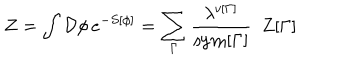
Z = \int { \cal D } \phi \, e ^ { - S [ \phi ] } = \sum _ { \Gamma } { \frac { \lambda ^ { v [ \Gamma ] } } { \mathrm { s y m } [ \Gamma ] } } \ \ Z [ \Gamma ]